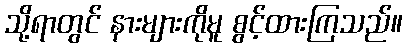
သို့ရာတွင် နားများကိုမူ စွင့်ထားကြသည်။